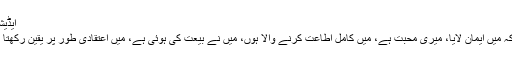
ایڈیشن 2003ء مطبوعہ ربوہ)
پھر یہ سب باتیں غلط ہیں کہ میں ایمان لایا، میری محبت ہے، میں کامل اطاعت کرنے والا ہوں، میں نے بیعت کی ہوئی ہے، مَیں اعتقادی طور پر یقین رکھتا ہوں، میں سچا مسلمان ہوں۔